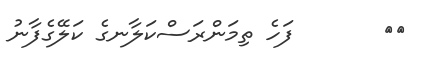
٤١       ފަހެ ތިމަންރަސްކަލާނގެ ކަލޭގެފާނު